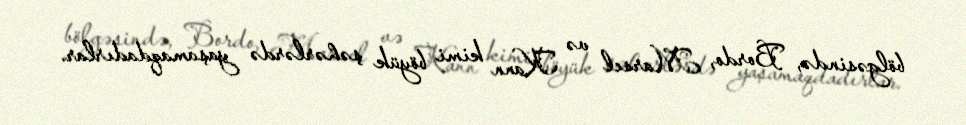
bölgəsində, Bordo, Marsel və Kann kimi böyük şəhərlərdə yaşamaqdadırlar.